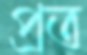
প্রত